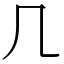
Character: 𠘧